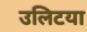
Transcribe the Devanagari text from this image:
उलिटया